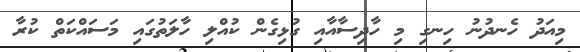
މިއަދު ހެނދުނު ހިނގި މި ހާދިސާއާއި ގުޅިގެން ކުއްލި ހާލަތުގައި މަސައްކަތް ކުރާ